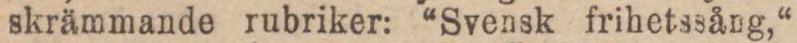
skrämmande rubriker: “Svensk frihetssång,“